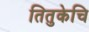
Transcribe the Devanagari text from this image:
तितुकेचि